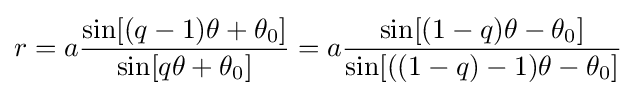
r=a{\frac {\sin[(q-1)\theta +\theta _{0}]}{\sin[q\theta +\theta _{0}]}}=a{\frac {\sin[(1-q)\theta -\theta _{0}]}{\sin[((1-q)-1)\theta -\theta _{0}]}}